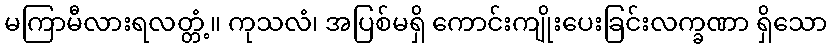
မကြာမီလားရလတ္တံ့။ ကုသလံ၊ အပြစ်မရှိ ကောင်းကျိုးပေးခြင်းလက္ခဏာ ရှိသော